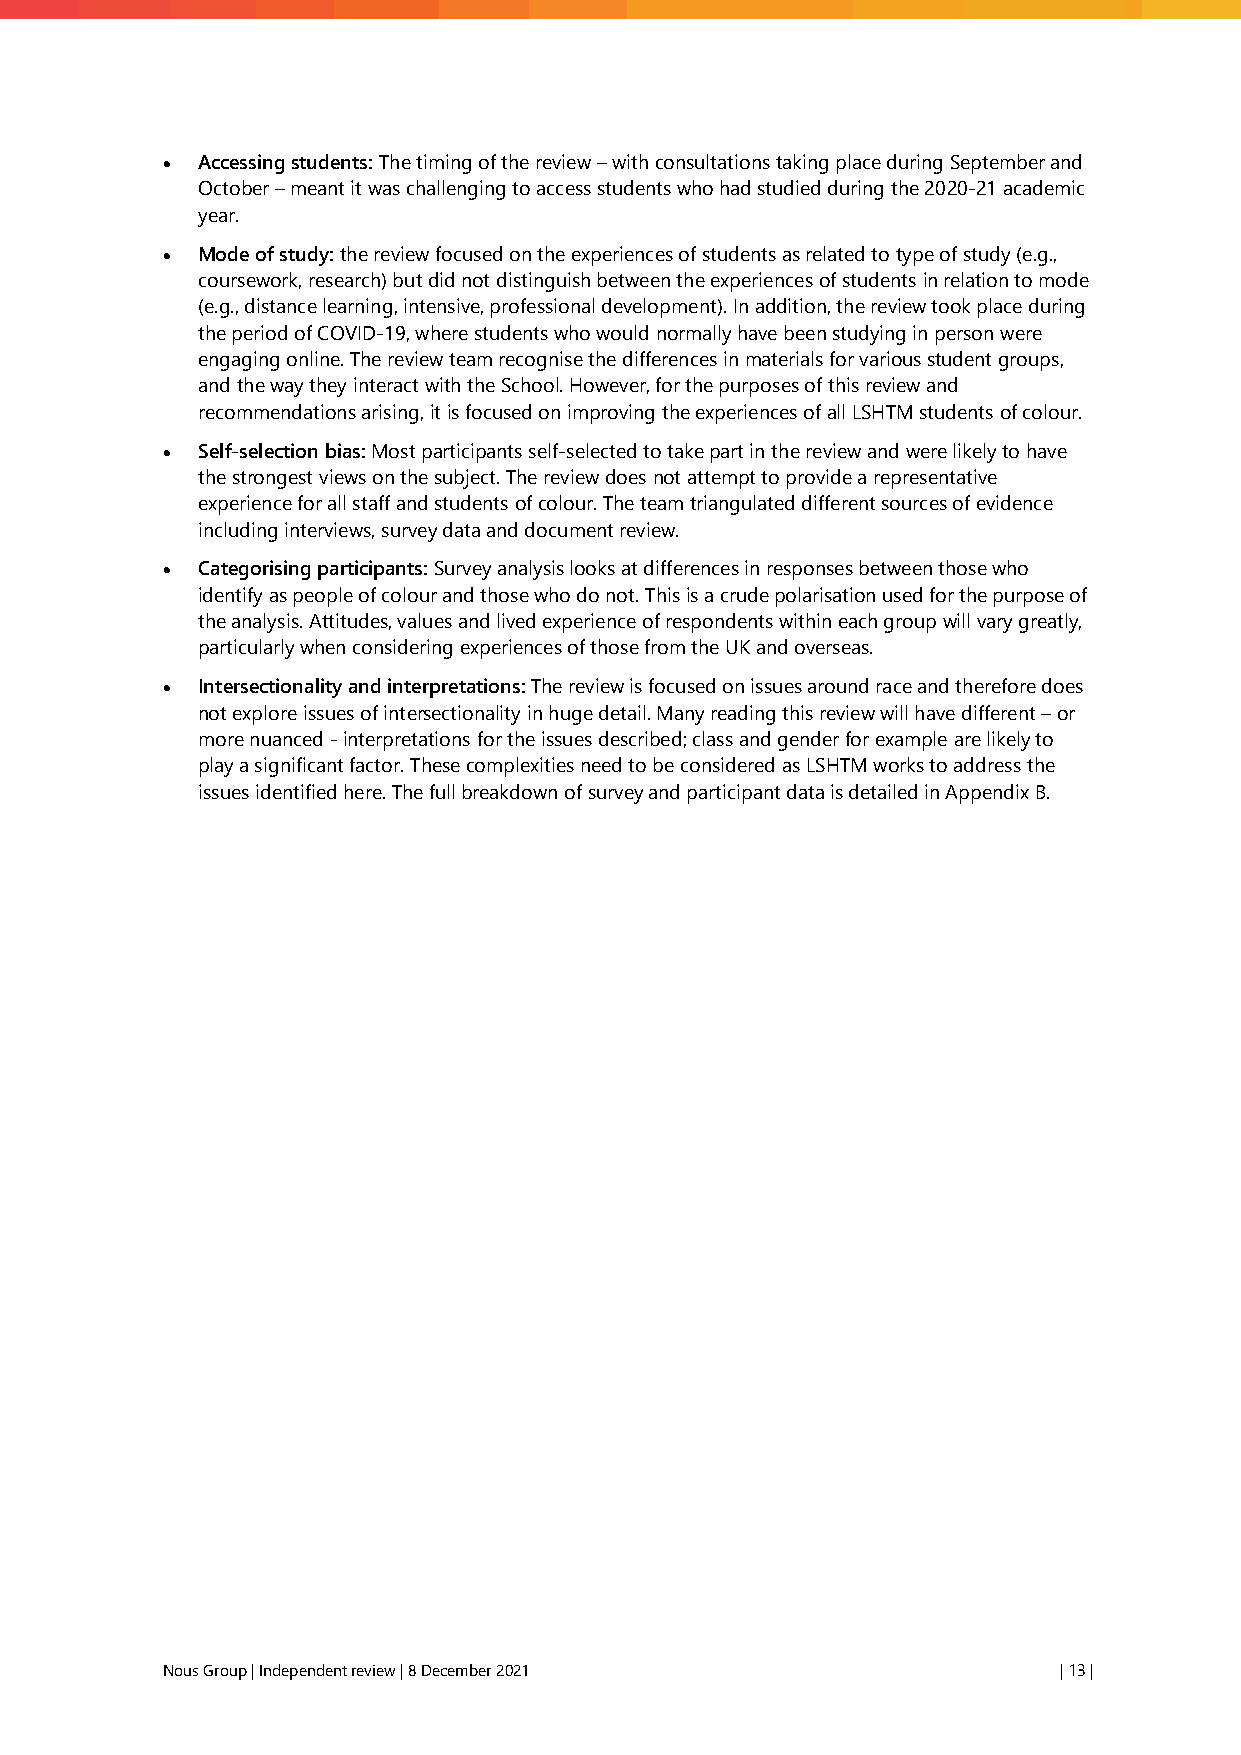
• Accessing students: The timing of the review – with consultations taking place during September and
 October – meant it was challenging to access students who had studied during the 2020-21 academic
 year.
 • Mode of study: the review focused on the experiences of students as related to type of study (e.g.,
 coursework, research) but did not distinguish between the experiences of students in relation to mode
 (e.g., distance learning, intensive, professional development). In addition, the review took place during
 the period of COVID-19, where students who would normally have been studying in person were
 engaging online. The review team recognise the differences in materials for various student groups,
 and the way they interact with the School. However, for the purposes of this review and
 recommendations arising, it is focused on improving the experiences of all LSHTM students of colour.
 • Self-selection bias: Most participants self-selected to take part in the review and were likely to have
 the strongest views on the subject. The review does not attempt to provide a representative
 experience for all staff and students of colour. The team triangulated different sources of evidence
 including interviews, survey data and document review.
 • Categorising participants: Survey analysis looks at differences in responses between those who
 identify as people of colour and those who do not. This is a crude polarisation used for the purpose of
 the analysis. Attitudes, values and lived experience of respondents within each group will vary greatly,
 particularly when considering experiences of those from the UK and overseas.
 • Intersectionality and interpretations: The review is focused on issues around race and therefore does
 not explore issues of intersectionality in huge detail. Many reading this review will have different – or
 more nuanced - interpretations for the issues described; class and gender for example are likely to
 play a significant factor. These complexities need to be considered as LSHTM works to address the
 issues identified here. The full breakdown of survey and participant data is detailed in Appendix B.
 Nous Group | Independent review | 8 December 2021          | 13 |